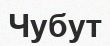
Чубут